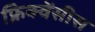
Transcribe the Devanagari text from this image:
फ्रिक्वेंसीस